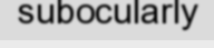
subocularly